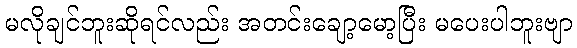
မလိုချင်ဘူးဆိုရင်လည်း အတင်းချော့မော့ပြီး မပေးပါဘူးဗျာ